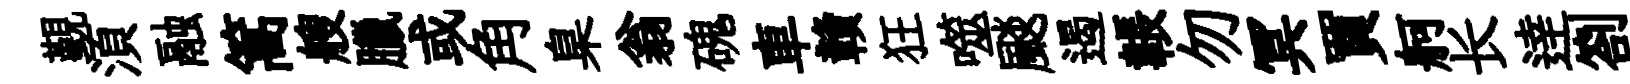
覲湏融篙艘臘或角臬翁磈車贛狂噬颷遏韔勿冥買舸长逹劄